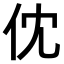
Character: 𠆶